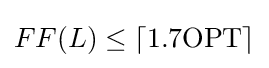
FF(L)\leq \lceil 1.7\mathrm {OPT} \rceil